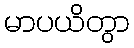
မာပယိတွာ